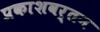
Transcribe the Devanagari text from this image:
प्रकाशवर्तन